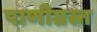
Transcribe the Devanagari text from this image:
पाणीग्रस्त